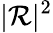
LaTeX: |\mathcal{R}|^{2}